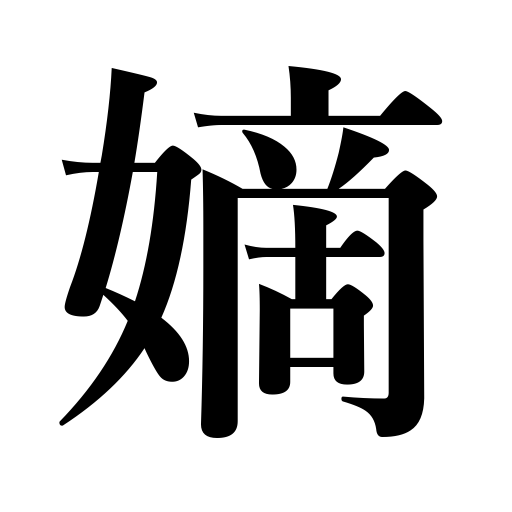
Meanings: legitimate wife,direct descent,legitimacy,legitimate child